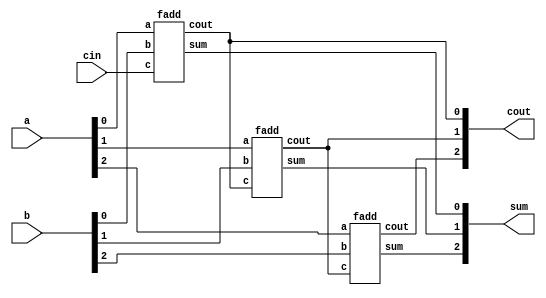
module top_module( 
    input [2:0] a, b,
    input cin,
    output [2:0] cout,
    output [2:0] sum );
    wire [2:0] w1,w2;
    
    fadd uut1(a[0],b[0],cin,cout[0],sum[0]);
    fadd uut2(a[1],b[1],cout[0],cout[1],sum[1]);
    fadd uut3(a[2],b[2],cout[1],cout[2],sum[2]);
 
endmodule

module fadd(a,b,c,cout,sum);
    input a,b,c;
    output sum,cout;
    assign sum = a ^ b ^ c;
    assign cout = (a & b) | (b & c) | (c & a);
endmodule